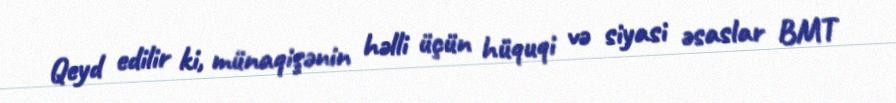
Qeyd edilir ki, münaqişənin həlli üçün hüquqi və siyasi əsaslar BMT